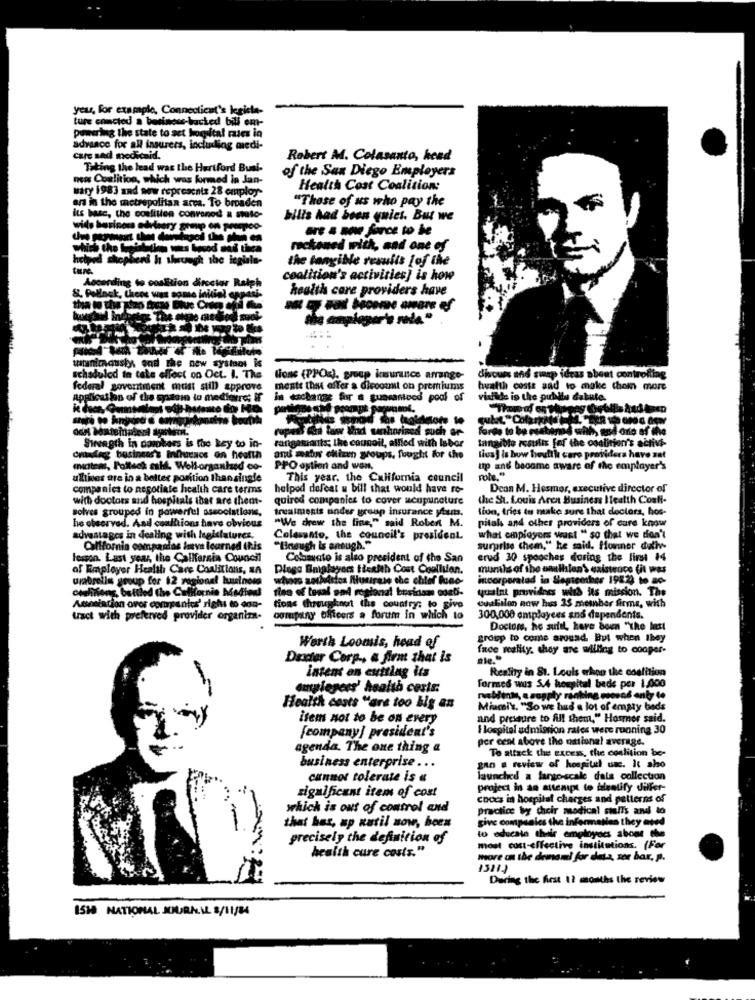
your, for example, Connecticut's legista-
ture conctod a business-backed bill em-
powering the state to act horstal rates in
advance for all insurers, including medi-
care sed medicaid.
Robert M. Colasanto, head
Taking the lead was the Hurtford Bual-
of the San Diego Employers
news Coalition, which was formed in Jan-
mary 1983 and now represents 28 employ-
Health Cost Coalition:
ars in the metropolitan area. To broaden
"Those of us who pay the
its base, the coelitien conranod a shilo-
bilis had been quiet. But we
Gre & noe force to be
hich the treintatien was bysod sad thea
reckoned with, and one of
hood shopheni ht shevegh the icgials-
the tangible results jof the
ture.
According to coalition director Ralph
coalition's activities] is how
health care providers have
& Pollack, theos was
----- 4
watanimously, and the new systaos is
schaduled to take effect on Oct. I. The
tions (PPOz), group insurance arrange-
dicours and sunp idras sheet controlling
federal government must still approve
mente that offer a discotmit on premiums
hualth costs and to make them more
Applicat lan of the spasein to mediovre; If
in dachange for a guaranteed pool of
ide is the publtu dobuto.
tubet." Colar
rupest Cha tasvr ihned warshorized such ar-
forge to be must
Month, and ono af
Swagth in omobers is the key to in-
rangasiants; the counoil, allled with Isbor
tangible results for the coalition's activi-
Grundig business's Influeacs on health
and water citizen groups, fought for the
livs ) is how hewith care proi
have sat
miitems, P'altech sstd. Wolf-organhed co-
PPO option and won,
up and become aware of the employer's
ulties are in a better porition thansingle
This year. the California council
role."
companies to negotiate health care terms
helped defeat u bill that would have ro-
Dean M. Hesmor, executive director of
with doctors and hospitals that are them-
quired companies to cover acupuncture
the St. Louis Aren Business Health Coali-
solves grouped in powerful associations,
treatments under group insurance ytuut.
tion, tries to make sure that doctors, hos-
he observed. Aail coallions have obvious
"We drew the line," said Robert M.
pital and other providers of cure know
advantages in dealing with legislatures.
Colesanto, the council's president
what employers weust " so that we don't
California companies have learned this
"Uneugh is ansugh."
surprise chem," he said. Howner duliw
lesson. Last year, the California Council
Colamato is also president of the San
erud 30 spoochas during the first 14
of Employer Health Care Coalitions, BA
Diega Bniplayers thesith Cost Coalition.
mumils of the emullion'S existence fit was
urabrelle group for $2 regional buuusinosd
whoes soubdstes Mlutirase the chief fune-
incorporated in Segteother 192.2) to ac-
ceelinions, bottled the California Medien
rise of tosal and regional businsam edeti-
quaint providnes with its mission. The
Association ovor companies' rights to con-
tions throughout the country: to sive
Outilon now hus 23 member firms, with
tract with preferved provider organiza-
company officers a forum in which to
300,000 employees and dependents.
Doctor, he sufit, have been "the last
Worth Loomis, head of
group to come around. But when they
face reality. they are wiling to cooper-
Dasder Corp ., a firm that is
intent on cutting its
Reality in 81. Louis whoo the coalition
amplegees' health costs:
Tormes wus 5.4 hospital beds per 1,000
rusblink, a supply ranking mosas anty to
Health costs "are too big an
Miami's. "So we hud a lot of empty beds
item not to be on every
and pressure to fill them," Hosmer said.
fcompany] president's
I lospital admission rates were running 30
per cent above the national average.
agenda. The one thing a
To attack the excess, the coalition be-
business enterprise ...
gan a review of hospital usc. It also
cannot tolerate is «
launched a largo-scale dala collection
project in an attempt to dalentify dilfor-
significant item of cost
coocs in hospital charges and patterns of
which is out of control and
practice by dicir medical cialis and to
that has, ap zutil now, hoes
give companies the informatles they ased
precisely the definition of
to educate their employees about the
health cure costs."
most cost-effective institutions. (For
more on the demand for desa, ser bar, p.
During the Arst 12 months the review
1518 NATIONAL JOURA.IL S/11/84